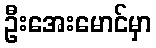
ဦးအေးမောင်မှာ